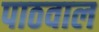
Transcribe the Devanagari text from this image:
पाठवाल